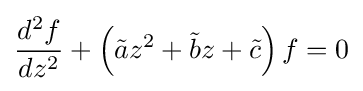
{\frac {d^{2}f}{dz^{2}}}+\left({\tilde {a}}z^{2}+{\tilde {b}}z+{\tilde {c}}\right)f=0